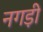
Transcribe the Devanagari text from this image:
नगड़ी